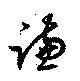
謙